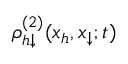
\rho _ { h \downarrow } ^ { ( 2 ) } ( x _ { h } , x _ { \downarrow } ; t )